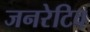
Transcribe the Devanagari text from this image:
जनरेटिव